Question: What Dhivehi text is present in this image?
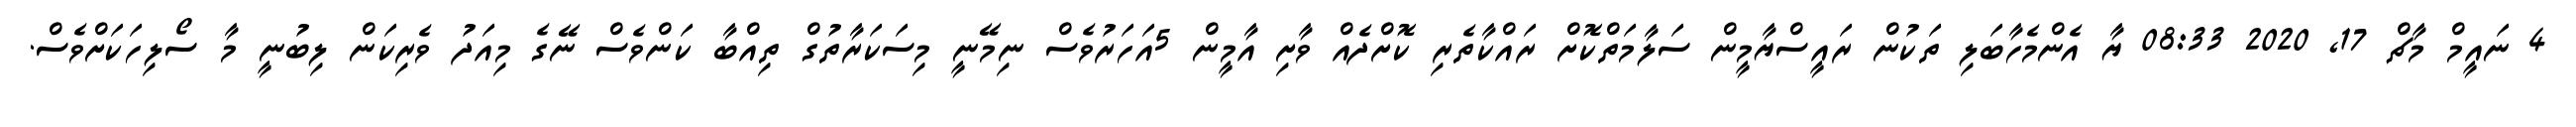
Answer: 4 ނައީމް މާޗް 17, 2020 08:33 ޔާ އެންމެހާބަލި ތަކުން ރައީސްޔާމީން ސަލާމަތްކޮށް ރައްކާތެރި ކޮށްދެއް ވާށި އާމީން 5އަހަރުވެސް ނިމޭނީ މިސަކަރާތުގް ތިއްބާ ކަންވެސް ނޭގެ މިއަދު ވެރިކަން ލިބުނީ މާ ސޯލިހަކަށްވެސް.